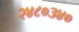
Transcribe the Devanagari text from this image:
२४८०३४०